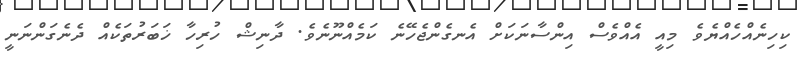
ކިހިނެއްހެއްޔެވެ މިއީ އެއްވެސް އިންސާނަކަށް އެނގެންޖެހޭނެ ކަމެއްނޫނެވެ. ދާނިޝް ހުރިހާ ޚަބަރުތަކެއް ދެނެގަންނަނީ